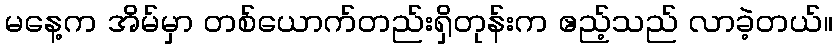
မနေ့က အိမ်မှာ တစ်ယောက်တည်းရှိတုန်းက ဧည့်သည် လာခဲ့တယ်။